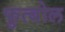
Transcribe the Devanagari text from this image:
फुत्बोल